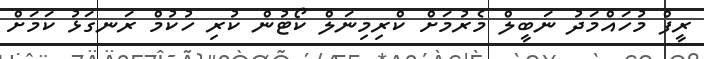
ރީފް މުހައްމަދު ނަބީލް މެރުމަށް ކްރިމިނަލް ކޯޓުން ކުރި ހުކުމް ރަނގަޅު ކަމަށް